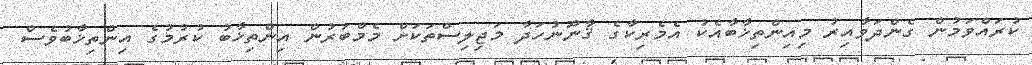
ކުރައްވަމުން ގެންދަވާއިރު މިއިންތިޚާބާއެކު އެމެރިކާގެ ޤާނޫނުހަދާ މަޖިލިސްތަކަށް މެމްބަރުން އިންތިޚާބު ކުރުމުގެ އިންތިޚާބުވެސް